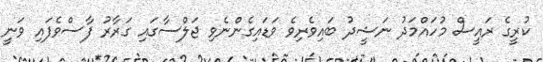
ކުރީގެ ރައީސް މުހައްމަދު ނަޝީދު ބައިވެރިވެ ވަޑައިގެންނެވި ޖަލްސާގައި ގަރާރު ފާސްވެފައި ވަނީ